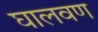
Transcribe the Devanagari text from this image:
घालवण